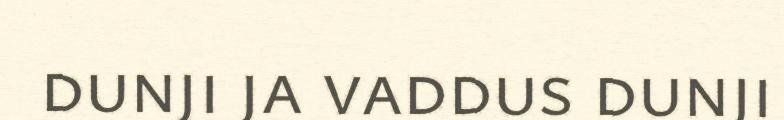
dunji ja vaddus dunji